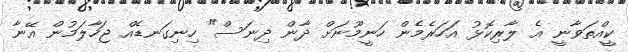
ކީއްތަވާނީ އެ ލާރިކޮޅު އަހަރެމެން ހަނީމޫނަށް ދާން ދިނަސް" ހިނިގަނޑެއް ޖަހާލަމުން އޭނާ